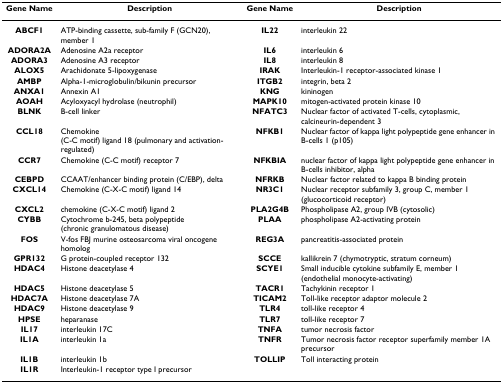
| Gene Name | Description | Gene Name | Description |
 | --- | --- | --- | --- |
 | ABCF1 | ATP-binding cassette, sub-family F (GCN20), member 1 | IL22 | interleukin 22 |
 | ADORA2A | Adenosine A2a receptor | IL6 | interleukin 6 |
 | ADORA3 | Adenosine A3 receptor | IL8 | interleukin 8 |
 | ALOX5 | Arachidonate 5-lipoxygenase | IRAK | Interleukin-1 receptor-associated kinase 1 |
 | AMBP | Alpha-1-microglobulin/bikunin precursor | ITGB2 | integrin, beta 2 |
 | ANXA1 | Annexin A1 | KNG | kininogen |
 | AOAH | Acyloxyacyl hydrolase (neutrophil) | MAPK10 | mitogen-activated protein kinase 10 |
 | BLNK | B-cell linker | NFATC3 | Nuclear factor of activated T-cells, cytoplasmic, calcineurin-dependent 3 |
 | CCL18 | Chemokine (C-C motif) ligand 18 (pulmonary and activation-regulated) | NFKB1 | Nuclear factor of kappa light polypeptide gene enhancer in B-cells 1 (p105) |
 | CCR7 | Chemokine (C-C motif) receptor 7 | NFKBIA | nuclear factor of kappa light polypeptide gene enhancer in B-cells inhibitor, alpha |
 | CEBPD | CCAAT/enhancer binding protein (C/EBP), delta | NFRKB | Nuclear factor related to kappa B binding protein |
 | CXCL14 | Chemokine (C-X-C motif) ligand 14 | NR3C1 | Nuclear receptor subfamily 3, group C, member 1 (glucocorticoid receptor) |
 | CXCL2 | chemokine (C-X-C motif) ligand 2 | PLA2G4B | Phospholipase A2, group IVB (cytosolic) |
 | CYBB | Cytochrome b-245, beta polypeptide (chronic granulomatous disease) | PLAA | phospholipase A2-activating protein |
 | FOS | V-fos FBJ murine osteosarcoma viral oncogene homolog | REG3A | pancreatitis-associated protein |
 | GPR132 | G protein-coupled receptor 132 | SCCE | kallikrein 7 (chymotryptic, stratum corneum) |
 | HDAC4 | Histone deacetylase 4 | SCYE1 | Small inducible cytokine subfamily E, member 1 (endothelial monocyte-activating) |
 | HDAC5 | Histone deacetylase 5 | TACR1 | Tachykinin receptor 1 |
 | HDAC7A | Histone deacetylase 7A | TICAM2 | Toll-like receptor adaptor molecule 2 |
 | HDAC9 | Histone deacetylase 9 | TLR4 | toll-like receptor 4 |
 | HPSE | heparanase | TLR7 | toll-like receptor 7 |
 | IL17 | interleukin 17C | TNFA | tumor necrosis factor |
 | IL1A | interleukin 1a | TNFR | Tumor necrosis factor receptor superfamily member 1A precursor |
 | IL1B | interleukin 1b | TOLLIP | Toll interacting protein |
 | IL1R | Interleukin-1 receptor type I precursor |  |  |